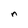
Character: n